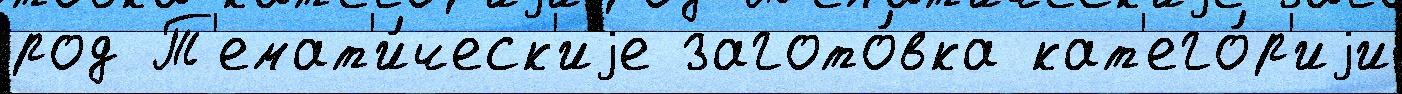
род Т'емат'и́ческ'иjе загото́вка кат'его́р'иjи